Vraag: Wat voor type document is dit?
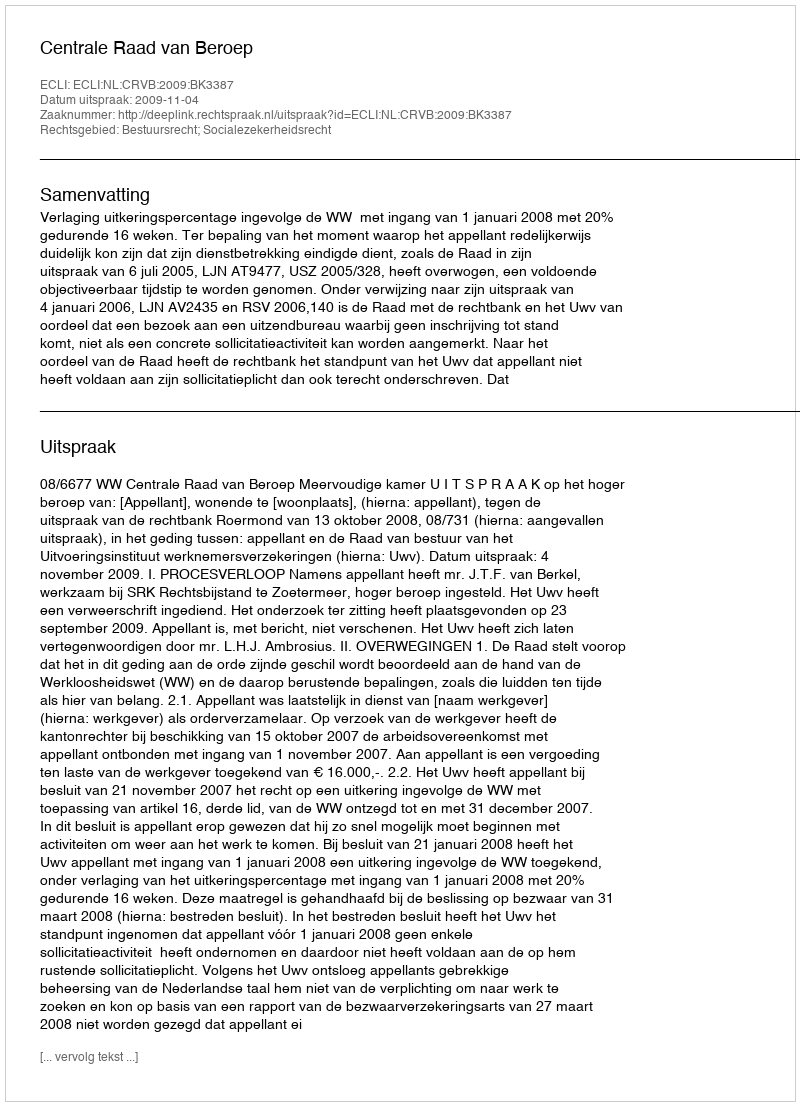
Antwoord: Uitspraak